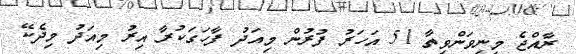
ރާއްޖެ މިނިވަންވިތާ 51 އަހަރު ފުރުން މިއަދު ފާހަގަކުރާ އިރު މިއަދު މިދެކޭ